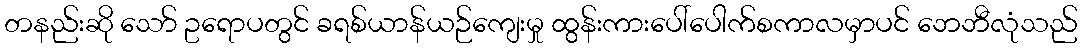
တနည်းဆို သော် ဥရောပတွင် ခရစ်ယာန်ယဉ်ကျေးမှု ထွန်းကားပေါ်ပေါက်စကာလမှာပင် ဘေဘီလုံသည်